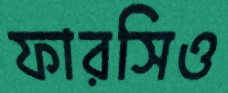
ফারসিও